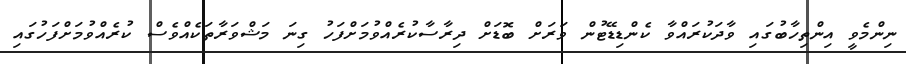
ނިންމެވީ އިންތިހާބުގައި ވާދަކުރައްވާ ކެންޑިޑޭޓުން ވަރަށް ބޮޑަށް ދިރާސާކުރެއްވުމަށްފަހު ގިނަ މަޝްވަރާތަކެއްވެސް ކުރެއްވުމަށްފަހުގައި